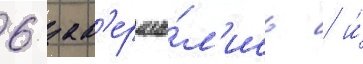
6 зав'ерши́л'ись / и́